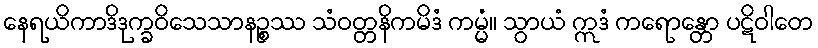
နေရယိကာဒိဒုက္ခဝိသေသာနဉ္စဿ သံဝတ္တနိကမိဒံ ကမ္မံ။ သွာယံ ဣဒံ ကရောန္တော ပဋိဝါတေ